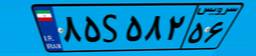
۲۶S۷۵۱۹۶